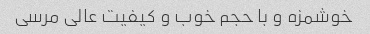
خوشمزه و با حجم خوب و کیفیت عالی مرسی